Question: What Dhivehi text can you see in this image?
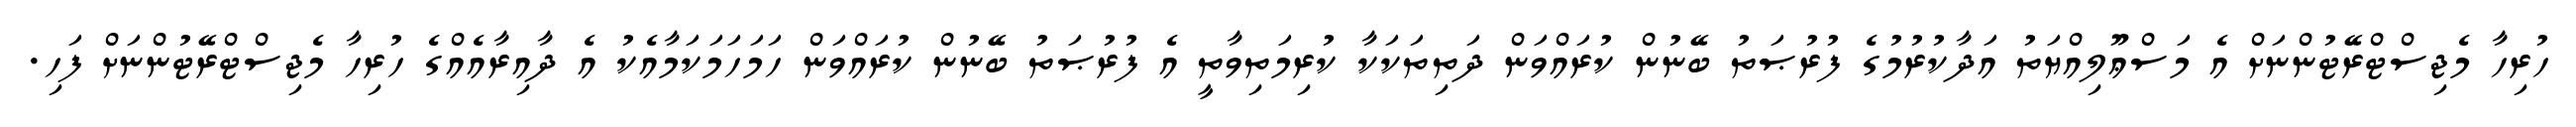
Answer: ހުރިހާ މެޖިސްޓްރޭޓުންނަށް އެ މަސްޢޫލިއްޔަތު އަދާކުރުމުގެ ފުރުޞަތު ބޭނުން ކުރައްވަން ދަތިތަކަކާ ކުރިމަތިވާތީ އެ ފުރުޞަތު ބޭނުން ކުރައްވަން ހަމަހަމަކަމާއެކު އެ ދާއިރާއެއްގެ ހުރިހާ މެޖިސްޓްރޭޓުންނަށް ފަހި.